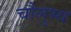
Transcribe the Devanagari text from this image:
चौलुभ्य